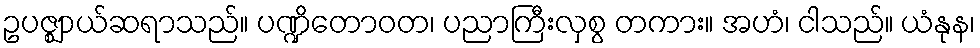
ဥပဇ္ဈာယ်ဆရာသည်။ ပဏ္ဍိတောဝတ၊ ပညာကြီးလှစွ တကား။ အဟံ၊ ငါသည်။ ယံနုန၊